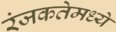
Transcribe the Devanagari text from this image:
रंजकतेमध्ये